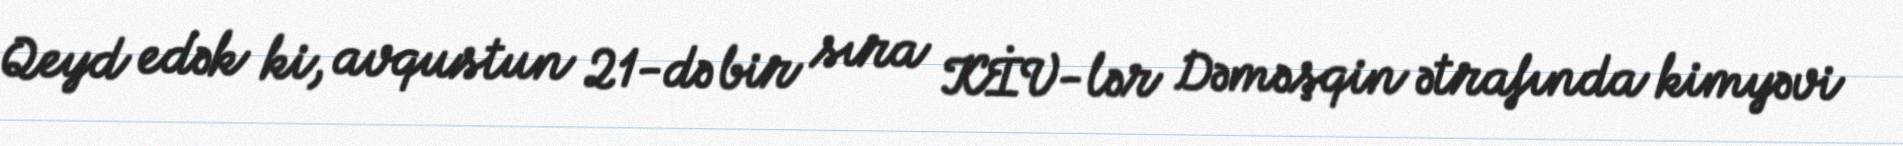
Qeyd edək ki, avqustun 21-də bir sıra KİV-lər Dəməşqin ətrafında kimyəvi